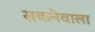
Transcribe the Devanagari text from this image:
सकनेवाला